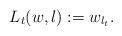
LaTeX: \begin{align*} L_{t}(w,l):=w_{l_{t}}.\end{align*}